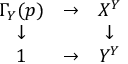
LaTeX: \begin{array} { c c c } { \Gamma _ { Y } ( p ) } & { \to } & { X ^ { Y } } \\ { \downarrow } & { } & { \downarrow } \\ { 1 } & { \to } & { Y ^ { Y } } \end{array}